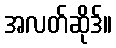
အလတ်ဆိုဒ်။